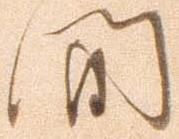
間